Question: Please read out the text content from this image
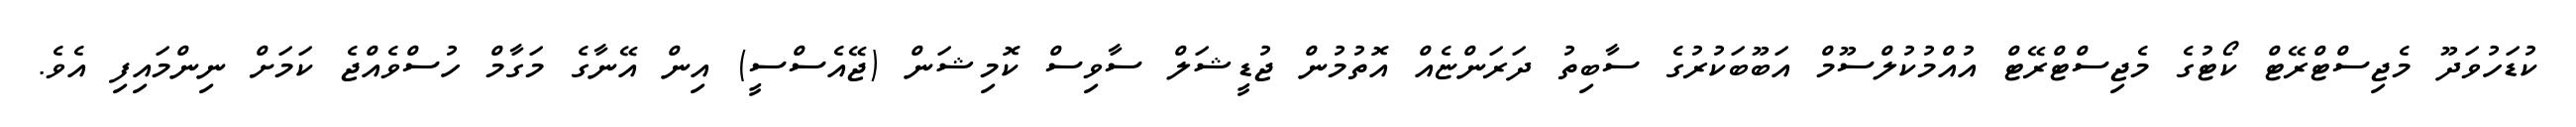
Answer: ކުޑަހުވަދޫ މެޖިސްޓްރޭޓް ކޯޓުގެ މެޖިސްޓްރޭޓް އުއްމުކުލްސޫމް އަބޫބަކުރުގެ ސާބިތު ދަރަންޏެއް އޮތުމުން ޖުޑީޝަލް ސާވިސް ކޮމިޝަން (ޖޭއެސްސީ) އިން އޭނާގެ މަގާމް ހުސްވެއްޖެ ކަމަށް ނިންމައިފި އެވެ.